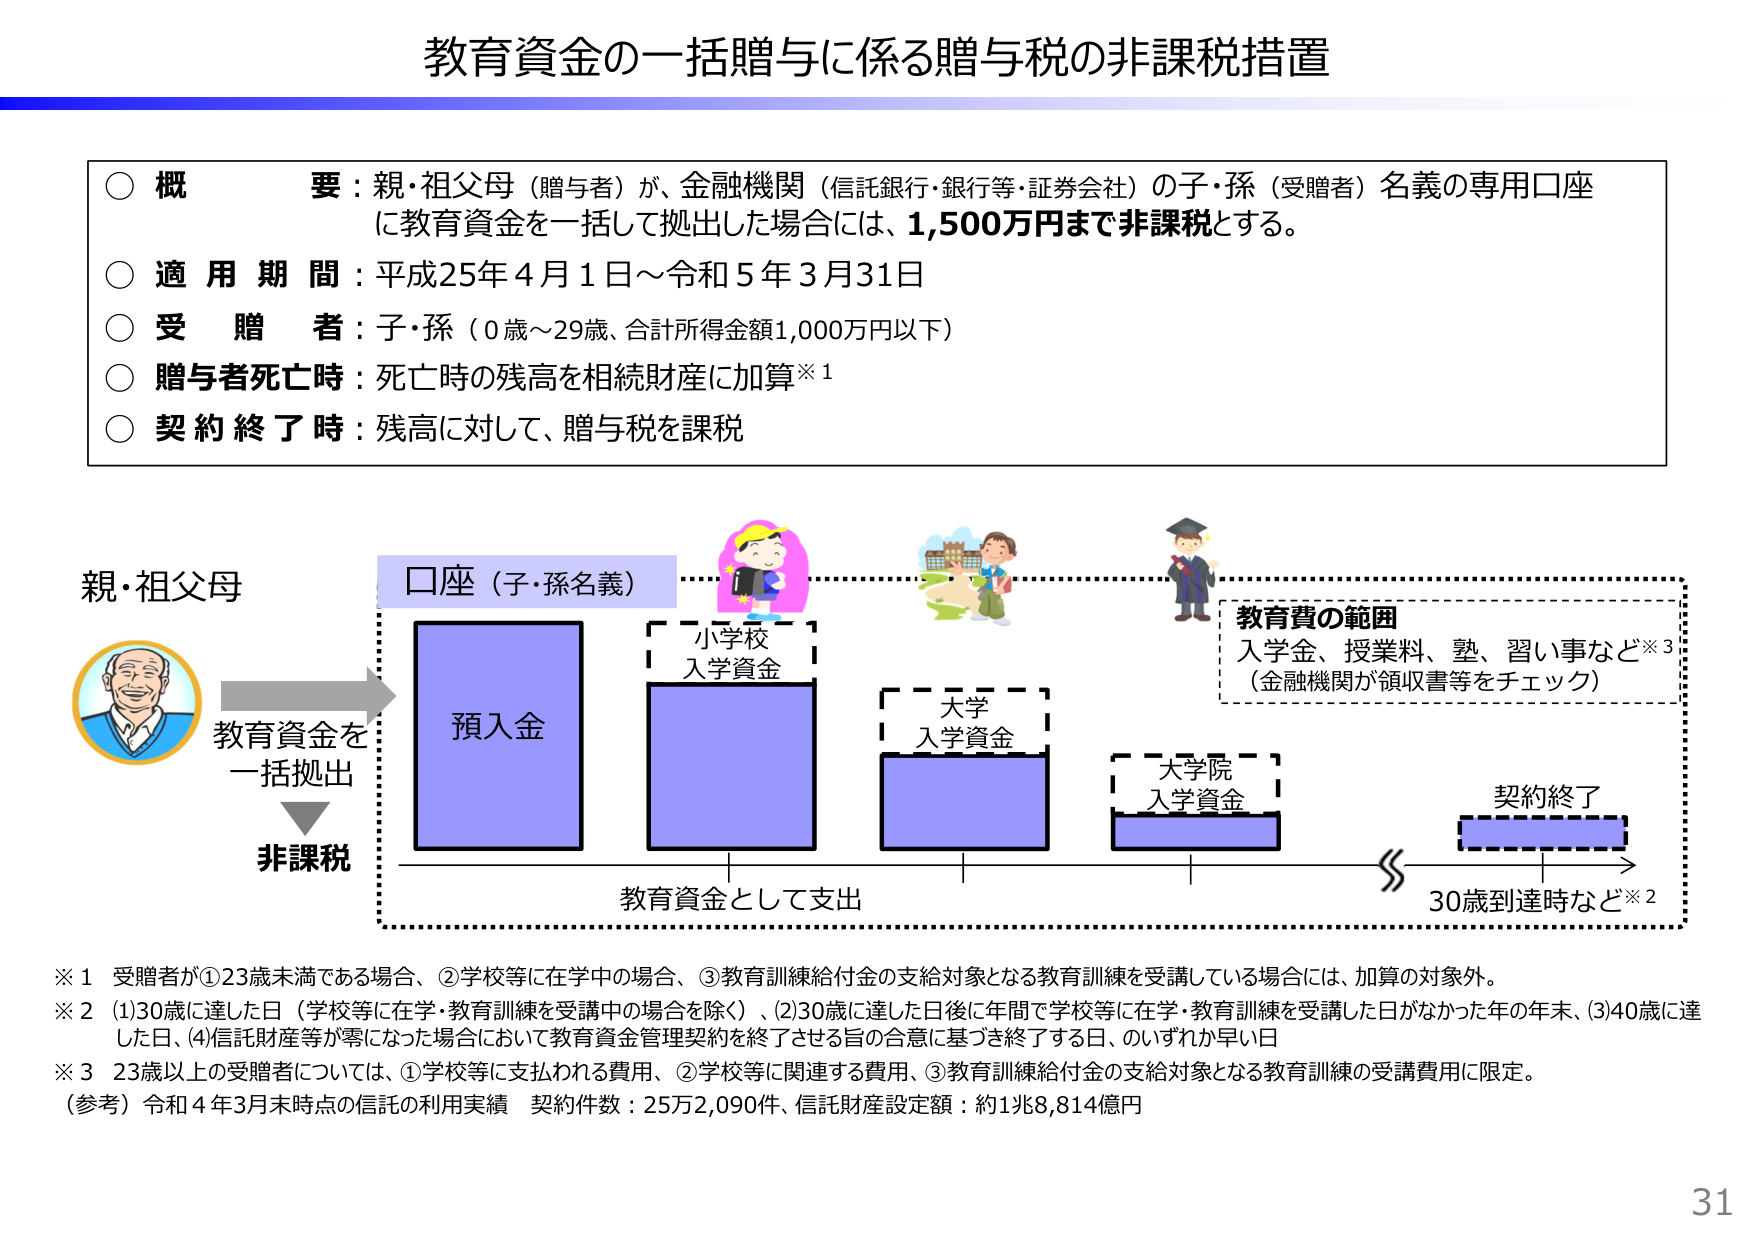
教育資金の一括贈与に係る贈与税の非課税措置

○ 概要：親・祖父母（贈与者）が、金融機関（信託銀行・銀行等・証券会社）の子・孫（受贈者）名義の専用口座に教育資金を一括して拠出した場合には、1,500万円まで非課税とする。

○ 適用期間：平成25年4月1日～令和5年3月31日

○ 受贈者：子・孫（0歳～29歳、合計所得金額1,000万円以下）

○ 贈与者死亡時：死亡時の残高を相続財産に加算※1

○ 契約終了時：残高に対して、贈与税を課税

親・祖父母
教育資金を
一括拠出
非課税

口座（子・孫名義）
預入金

小学校
入学資金

大学
入学資金

大学院
入学資金

教育費の範囲
入学金、授業料、塾、習い事など※3
（金融機関が領収書等をチェック）

教育資金として支出

契約終了
30歳到達時など※2

※1 受贈者が①23歳未満である場合、②学校等に在学中の場合、③教育訓練給付金の支給対象となる教育訓練を受講している場合には、加算の対象外。

※2 (1)30歳に達した日（学校等に在学・教育訓練を受講中の場合を除く）、(2)30歳に達した日後に年間で学校等に在学・教育訓練を受講した日がなかった年の年末、(3)40歳に達した日、(4)信託財産等が零になった場合において教育資金管理契約を終了させる旨の合意に基づき終了する日、のいずれか早い日

※3 23歳以上の受贈者については、①学校等に支払われる費用、②学校等に関連する費用、③教育訓練給付金の支給対象となる教育訓練の受講費用に限定。

（参考）令和4年3月末時点の信託の利用実績 契約件数：25万2,090件、信託財産設定額：約1兆8,814億円

31